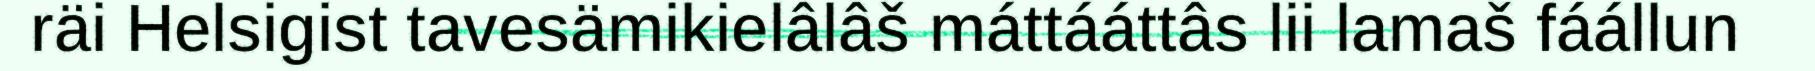
räi Helsigist tavesämikielâlâš máttááttâs lii lamaš fáállun